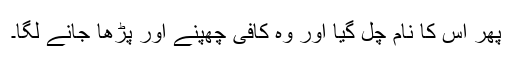
پھر اس کا نام چل گیا اور وہ کافی چھپنے اور پڑھا جانے لگا۔